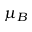
\mu _ { B }